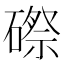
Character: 磜